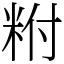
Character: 𥹃